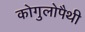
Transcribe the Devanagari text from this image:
कोगुलोपैथी